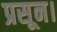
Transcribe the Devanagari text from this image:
प्रसून।